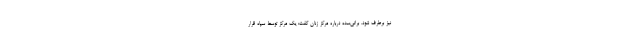
نیز برطرف شود. براتی‌سده درباره مرکز زنان گفت: یک مرکز توسط سپاه قرار